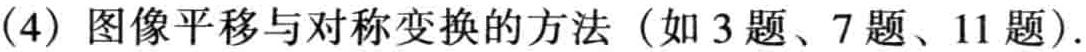
(4) 图像平移与对称变换的方法（如 3 题、7 题、11 题）.